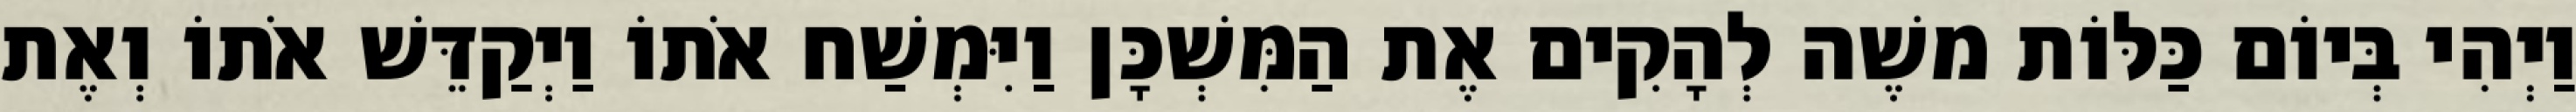
וַיְהִי בְּיוֹם כַּלּוֹת משֶׁה לְהָקִים אֶת הַמִּשְׁכָּן וַיִּמְשַׁח אֹתוֹ וַיְקַדֵּשׁ אֹתוֹ וְאֶת